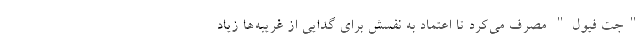
"جت فیول" مصرف می‌کرد تا اعتماد به نفسش برای گدایی از غریبه‌ها زیاد